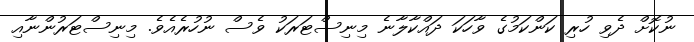
ނުކޮށް ދެވި ހުރި ކަންކަމުގެ ވާހަކަ ދައްކާލާނެ މިނިސްޓަރަކު ވެސް ނުހުރެއެވެ. މިނިސްޓަރުންނާއި